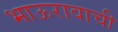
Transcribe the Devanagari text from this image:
भाऊरावाची